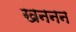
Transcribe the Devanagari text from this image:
खननन